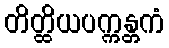
တိတ္ထိယပက္ကန္တကံ